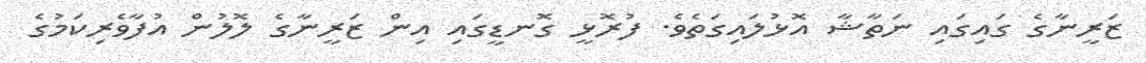
ޒަރީނާގެ ގައިގައި ނަތާޝާ އޮޅުލައިގަތެވެ. ފުރޮޅީ ގޮނޑީގައި އިން ޒަރީނާގެ ލޮލުން އުފާވެރިކަމުގެ